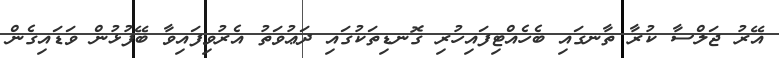
އޭރު ޖަލްސާ ކުރާ ތާނގައި ބެހެއްޓިފައިހުރި ގޮނޑިތަކުގައި ދަޢުވަތު އެރުވިފައިވާ ބޭފުޅުން ވަޑައިގެން